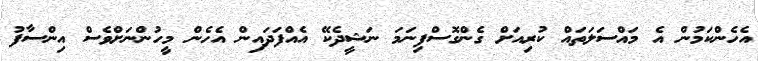
އެހެންކަމުން އެ މައްސަލަތައް ކުރިއަށް ގެންގޮސްފިނަމަ ނަޝީދެކޭ އެއްފަދައިން އެހެން މީހުންނަށްވެސް އިންސާފު